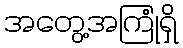
အတွေ့အကြုံရှိ